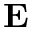
\mathbf { E }